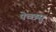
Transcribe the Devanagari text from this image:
पेच्छसु